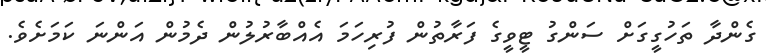
ގެންދާ ތަހުގީގަށް ސަންގު ޓީވީގެ ފަރާތުން ފުރިހަމަ އެއްބާރުލުން ދެމުން އަންނަ ކަމަށެވެ.